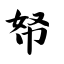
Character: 帑